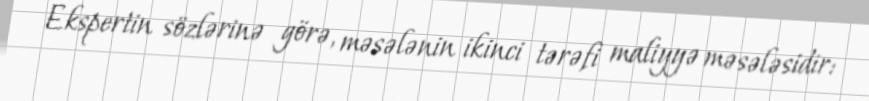
Ekspertin sözlərinə görə, məsələnin ikinci tərəfi maliyyə məsələsidir: